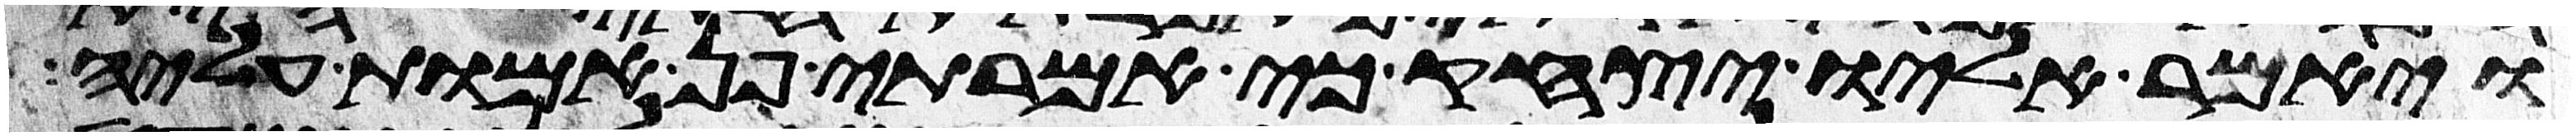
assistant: ויאמר אליו יצחק כי אמרתי פן אמות עליה